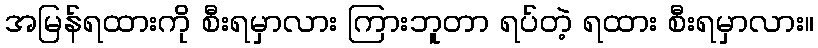
အမြန်ရထားကို စီးရမှာလား ကြားဘူတာ ရပ်တဲ့ ရထား စီးရမှာလား။